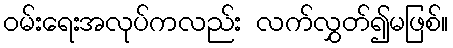
ဝမ်းရေးအလုပ်ကလည်း လက်လွှတ်၍မဖြစ်။